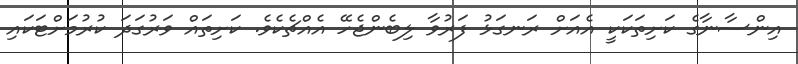
އިންސާނާގެ ކަށިތަކަކީ އެއަށް ރަނގަޅު ފަރުވާ ލިބެންޖެހޭ އެއްޗެކެވެ. ކަށިތައް ވަރުގަދަ ކުރުމަށްޓަކައި